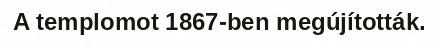
A templomot 1867-ben megújították.